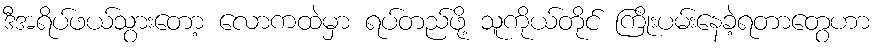
ဒီအရိပ်ဖယ်သွားတော့ လောကထဲမှာ ရပ်တည်ဖို့ သူကိုယ်တိုင် ကြိုးပမ်းနေခဲ့ရတာတွေဟာ